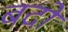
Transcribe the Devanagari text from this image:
बदो